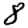
Digit: 8